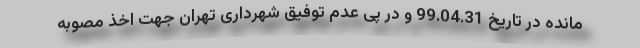
مانده در تاریخ 99.04.31 و در پی عدم توفیق شهرداری تهران جهت اخذ مصوبه